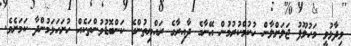
ވިދާޅުވީ މަހުލޫފު ޖަލަށްލާން ހުކުމްކުރުމުން އޭނާގެ ދާއިރާގެ ރައްޔިތުންގެ ކަންބޮޑުވުންތަކެއް ހުށަހަޅަމުންދާ ކަމަށެވެ.